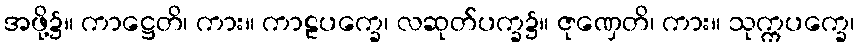
အဖို့၌။ ကာဋ္ဌေတိ၊ ကား။ ကာဠပက္ခေ၊ လဆုတ်ပက္ခ၌။ ဇုဏှေတိ၊ ကား။ သုက္ကပက္ခေ၊